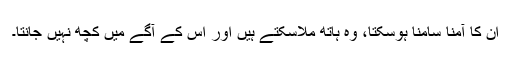
ان کا آمنا سامنا ہوسکتا، وہ ہاتھ ملاسکتے ہیں اور اس کے آگے میں کچھ نہیں جانتا۔